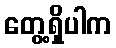
တွေ့ရှိပါက